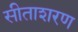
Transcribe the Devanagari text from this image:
सीताशरण